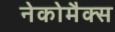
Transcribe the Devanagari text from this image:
नेकोमैक्स